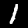
Digit: 1